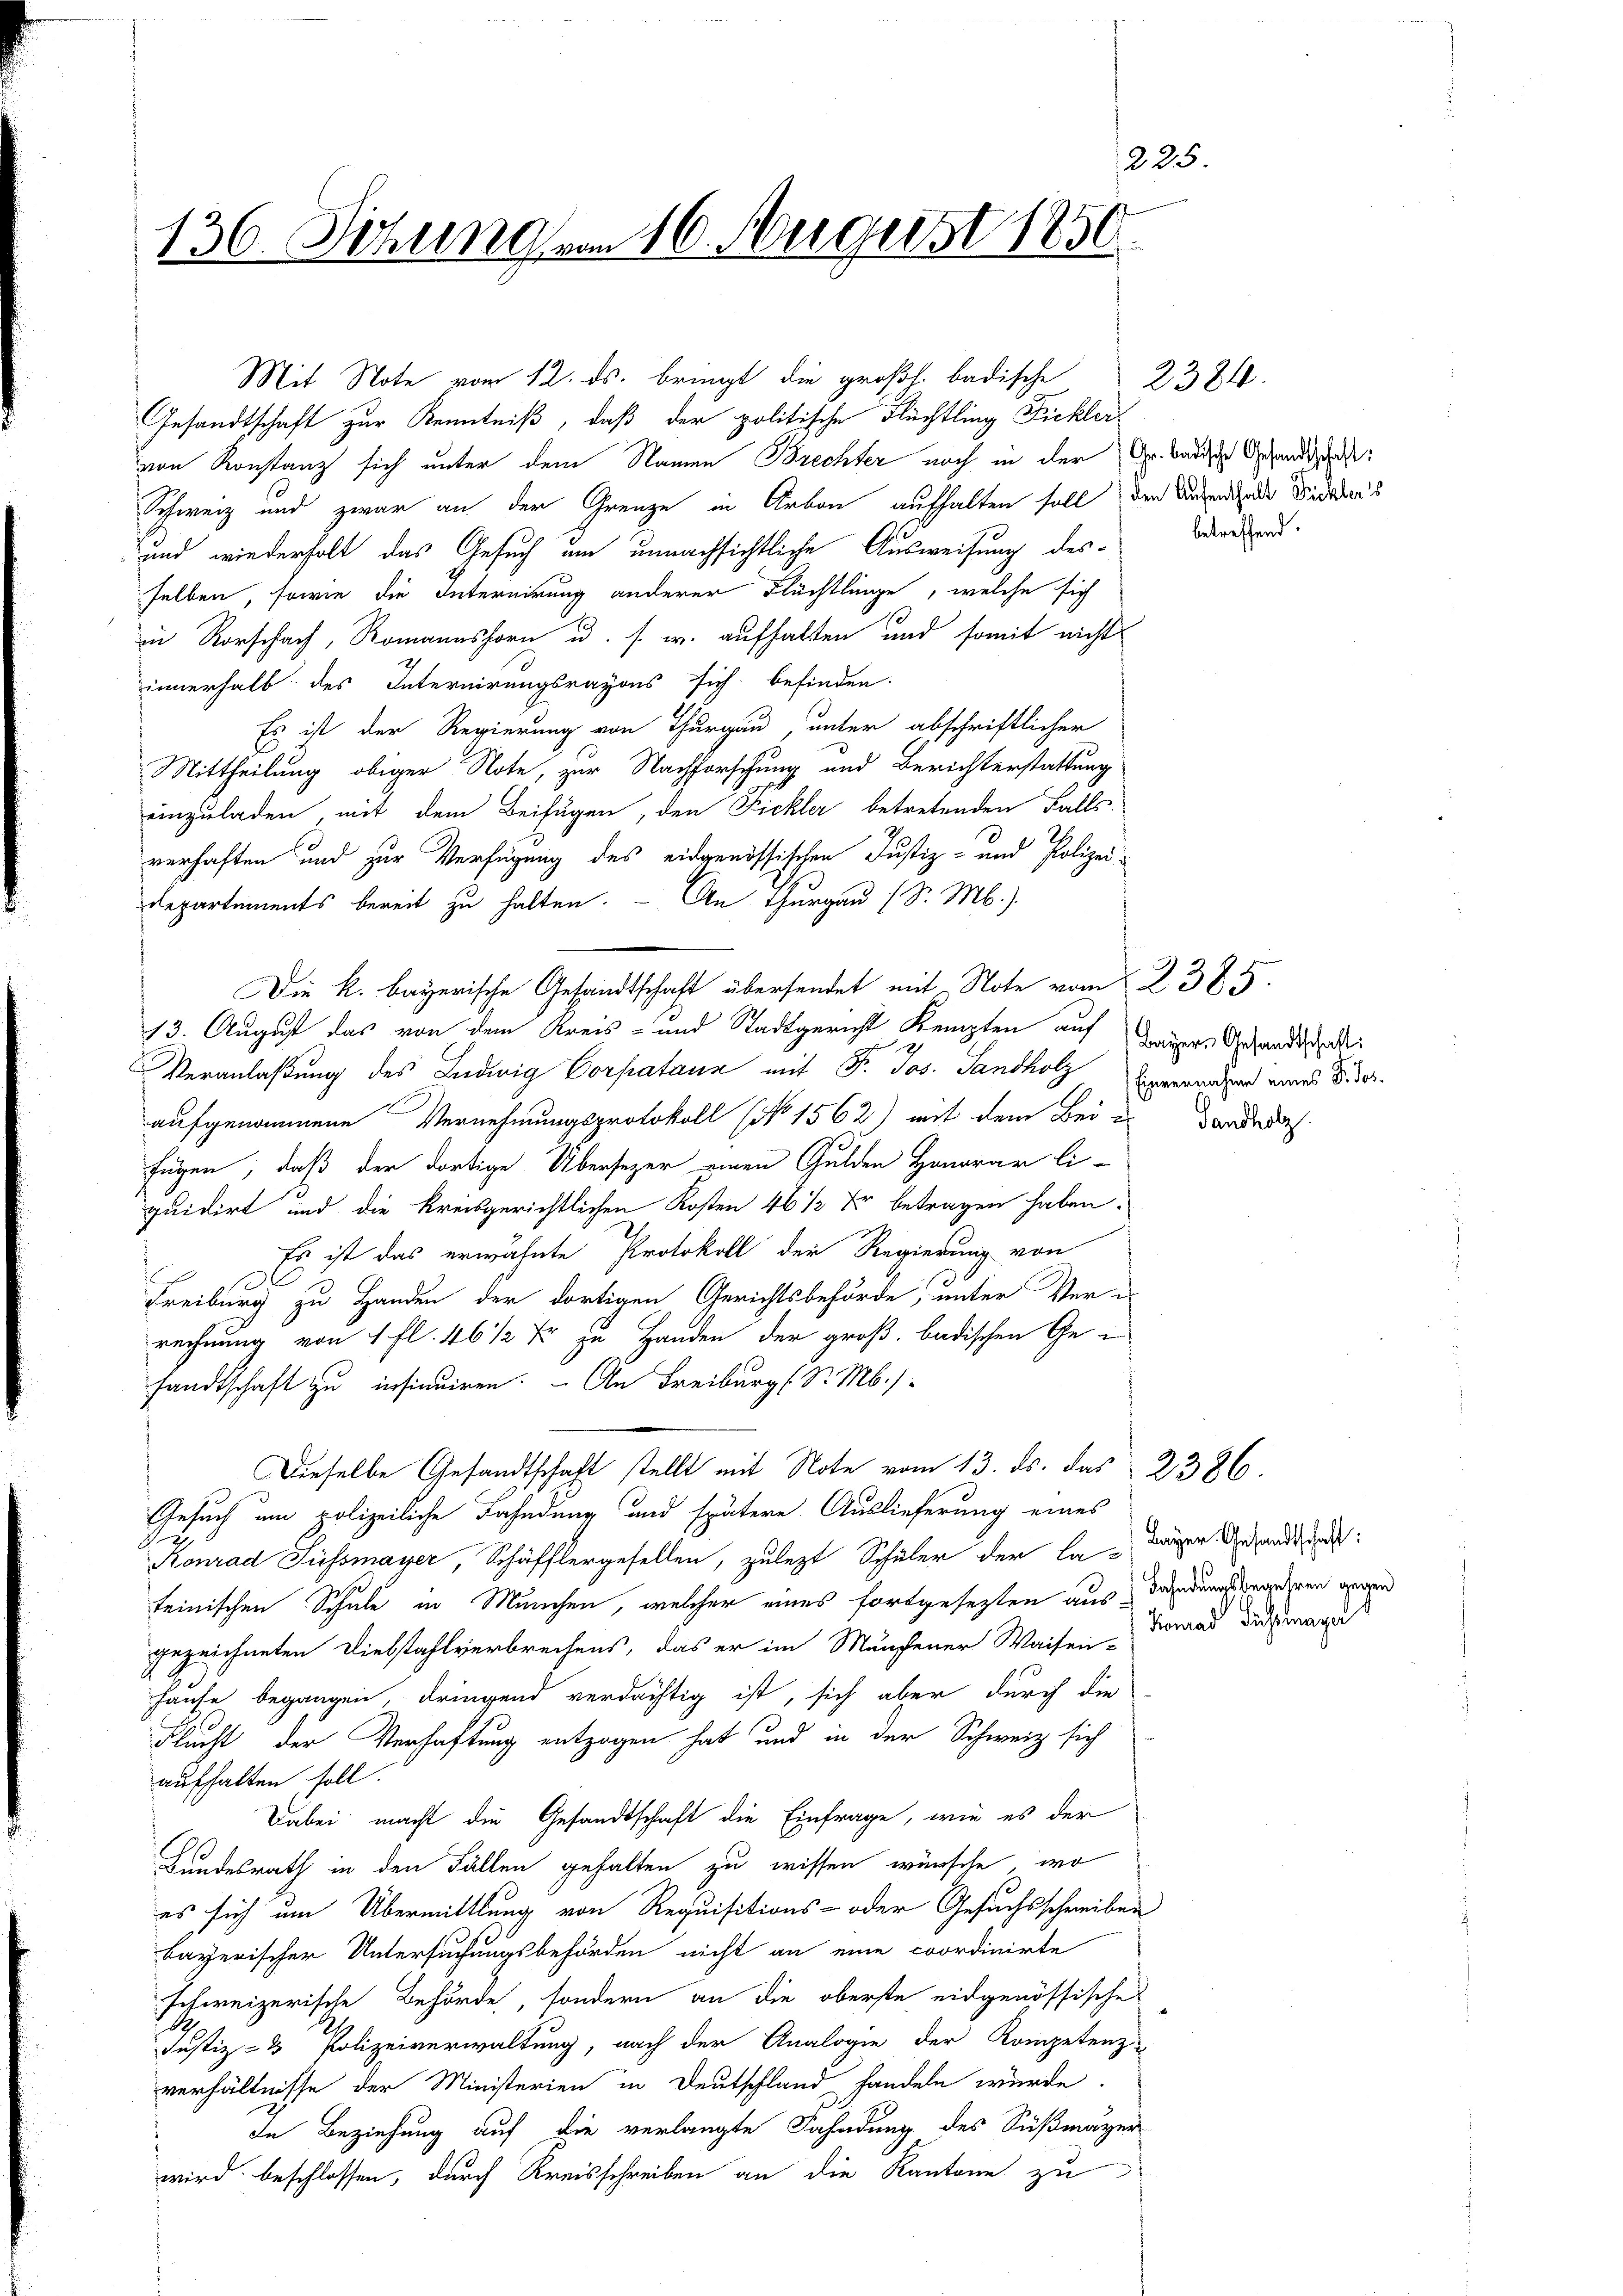
225.
136. Sitzung am 16. August 1850.

von Konstanz sich unter dem Namen Brechter noch in der Dr. Badische Gesandtscha
Schweiz und zwar an der Grenze in Arbon aufhalten soll der Beendende Fidders
und wiederholt das Gesuch um unnachsichtliche Ausweisung des
selben, sowie die Internirung anderer Flüchtlinge, welche sich
in Rorschach, Romannshorn u. s. w. aufhalten und somit nicht
innerhalb des Internirungsrayons sich befinden.
Es ist der Regierung von Thurgau, unter abschriftlicher
Mittheilung obiger Note, zur Nachforschung und Berichterstattung
einzuladen, mit dem Beifügen, den Fickler betretenden Falls
verhaften und zur Verfügung des eidgenössischen Justiz- und Polizei
Departements bereit zu halten. - An Thurgau (S. M.)
Die k. bayerische Gesandtschaft übersendet mit Note vom 2. 385.
13. August das von dem Kreis- und Stadtgericht Kempten auf
Veranlaßung des Ludwig Corpatanz mit Fr. Jos. Sandholz Eggerender eines Bes
aufgenommene Vernehmungsprotokoll No 1562) mit dem Bei in der das
fügen, daß der dortige Übersezer einen Gulden Honorar li-
quidirt und die kreisgerichtlichen Kosten 46 1/2 Xr betragen haben.
Es ist das erwähnte Protokoll der Regierung von
.
Freiburg zu Handen der dortigen Gerichtsbehörde, unter Ver-
rechnung von 1 fl. 46 1/2 Xr zu Handen der groß, badischen Gesandtschaft zu insinuiren. - An Freiburg (S. M. s
Dieselbe Gesandtschaft stellt mit Note vom 13. ds. das 2386.
Gesuch um polizeiliche Fahndung und spätere Auslieferung eines
Konrad Fussmayer, Schäfflergesellen, zulezt Schüler der la-
teinischen Schule in München, welcher eines fortgesetzten aus dendungsbegehren gegen
gezeichneten Diebstahlverbrechens, das er im Manchener Waisen Vorrad die war
Hause begangen, dringend verdächtig ist, sich aber durch die
Flucht, der Verhaftung entzogen hat und in der Schweiz sich
aufhalten soll.
Dabei macht die Gesandtschaft die Einfrage, wie es der
Bundesrath in den Fällen gehalten zu wissen wünsche, wo
es sich um Übermittlung von Requisitions- oder Gesuchsschreiben
bayerischer Untersuchungsbehörden nicht an eine coordinirte
schweizerische Behörde, sondern an die oberste eidgenössische
Justiz- & Polizeiverwaltung, nach der Analogie der Kompetenz
verhältnisse der Ministerien in Deutschland handeln würde
In Beziehung auf die verlangte Fahndung des Süßmäger
wird beschlossen, durch Kreisschreiben an die Kantone zu

Mit Note vom 12. ds. bringt die großh. badische
Gesandtschaft zur Kenntniß, daß der politische Flüchtling Fickler-

Bayers Gesandtschaft:

betreffend.

2384.

Bayer. Gesandtschaft: